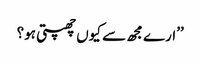
’’ارے مجھ سے کیوں چھپتی ہو؟